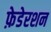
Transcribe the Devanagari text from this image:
फ़ेडेरशन